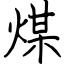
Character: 煤